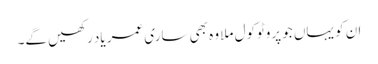
ان کو یہاں جو پروٹوکول ملا وہ بھی ساری عمر یاد رکھیں گے۔